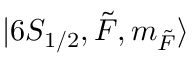
\lvert 6 S _ { 1 / 2 } , \Tilde { F } , m _ { \Tilde { F } } \rangle